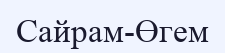
Сайрам-Өгем